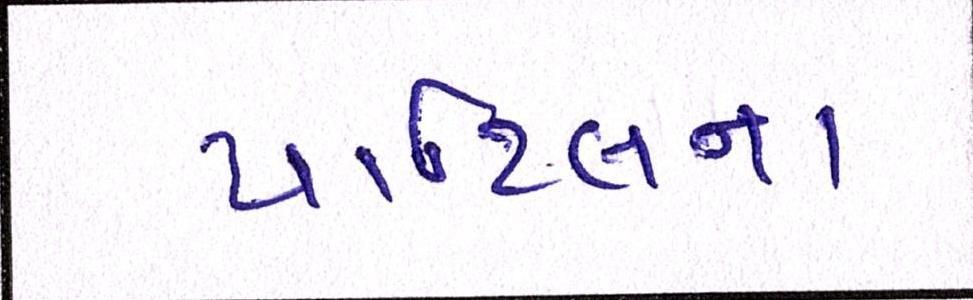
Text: પાટિલના